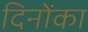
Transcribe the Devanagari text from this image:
दिनोंका